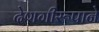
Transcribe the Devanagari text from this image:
देणगीरूपाने